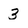
Character: 3